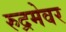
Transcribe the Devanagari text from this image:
रुद्रमेवर